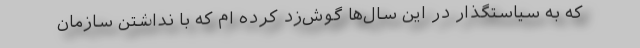
كه به سیاستگذار در این سال‌ها گوش‌زد كرده ام كه با نداشتن سازمان